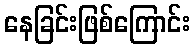
နေခြင်းဖြစ်ကြောင်း